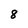
Character: 8